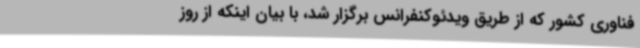
فناوری کشور که از طریق ویدئوکنفرانس برگزار شد، با بیان اینکه از روز